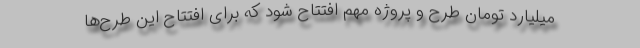
میلیارد تومان طرح و پروژه مهم افتتاح شود که برای افتتاح این طرح‌ها